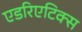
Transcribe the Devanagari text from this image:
एडरिएटिक्स